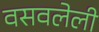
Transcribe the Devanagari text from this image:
वसवलेली